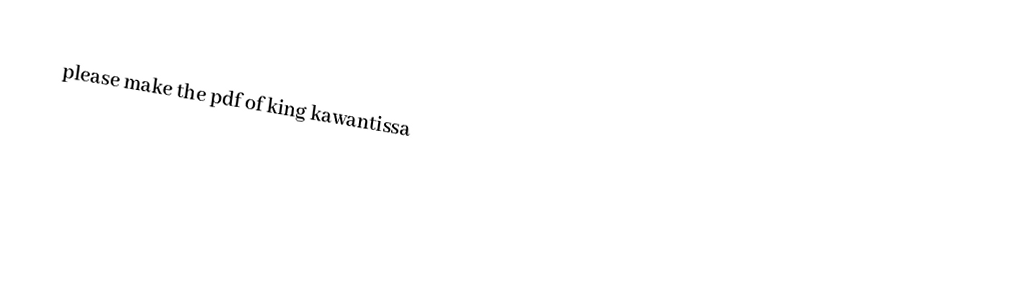
please make the pdf of king  kawantissa